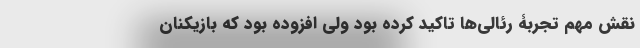
نقش مهم تجربۀ رئالی‌ها تاکید کرده بود ولی افزوده بود که بازیکنان